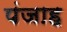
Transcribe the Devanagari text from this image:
पंजाह